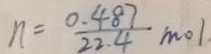
n = \frac { 0 . 4 8 7 } { 2 2 . 4 } m o l .